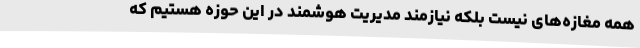
همه مغازه‌های نیست بلکه نیازمند مدیریت هوشمند در این حوزه هستیم که